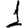
Digit: 1